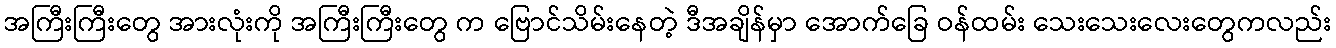
အကြီးကြီးတွေ အားလုံးကို အကြီးကြီးတွေ က ဗြောင်သိမ်းနေတဲ့ ဒီအချိန်မှာ အောက်ခြေ ဝန်ထမ်း သေးသေးလေးတွေကလည်း